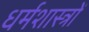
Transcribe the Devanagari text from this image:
धर्मशास्‍त्रों